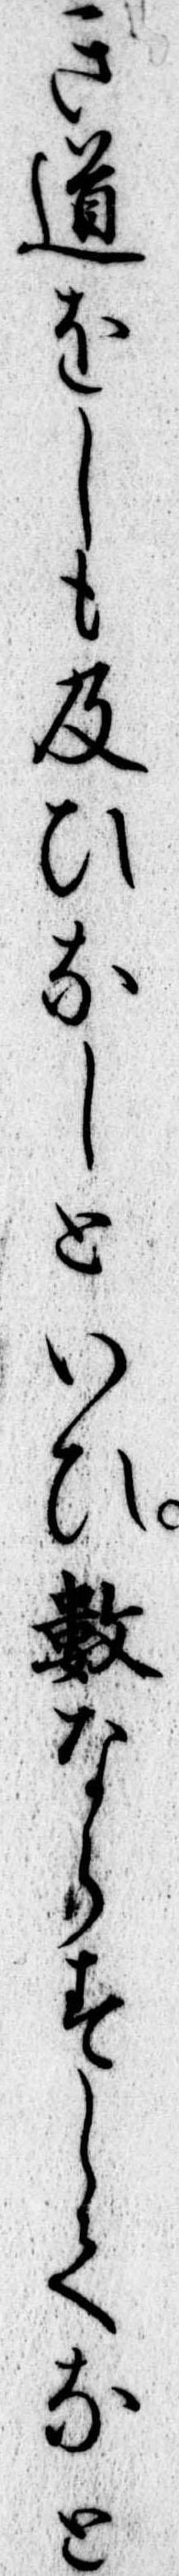
き道をしも及ひなしといひ数ならすしてなと